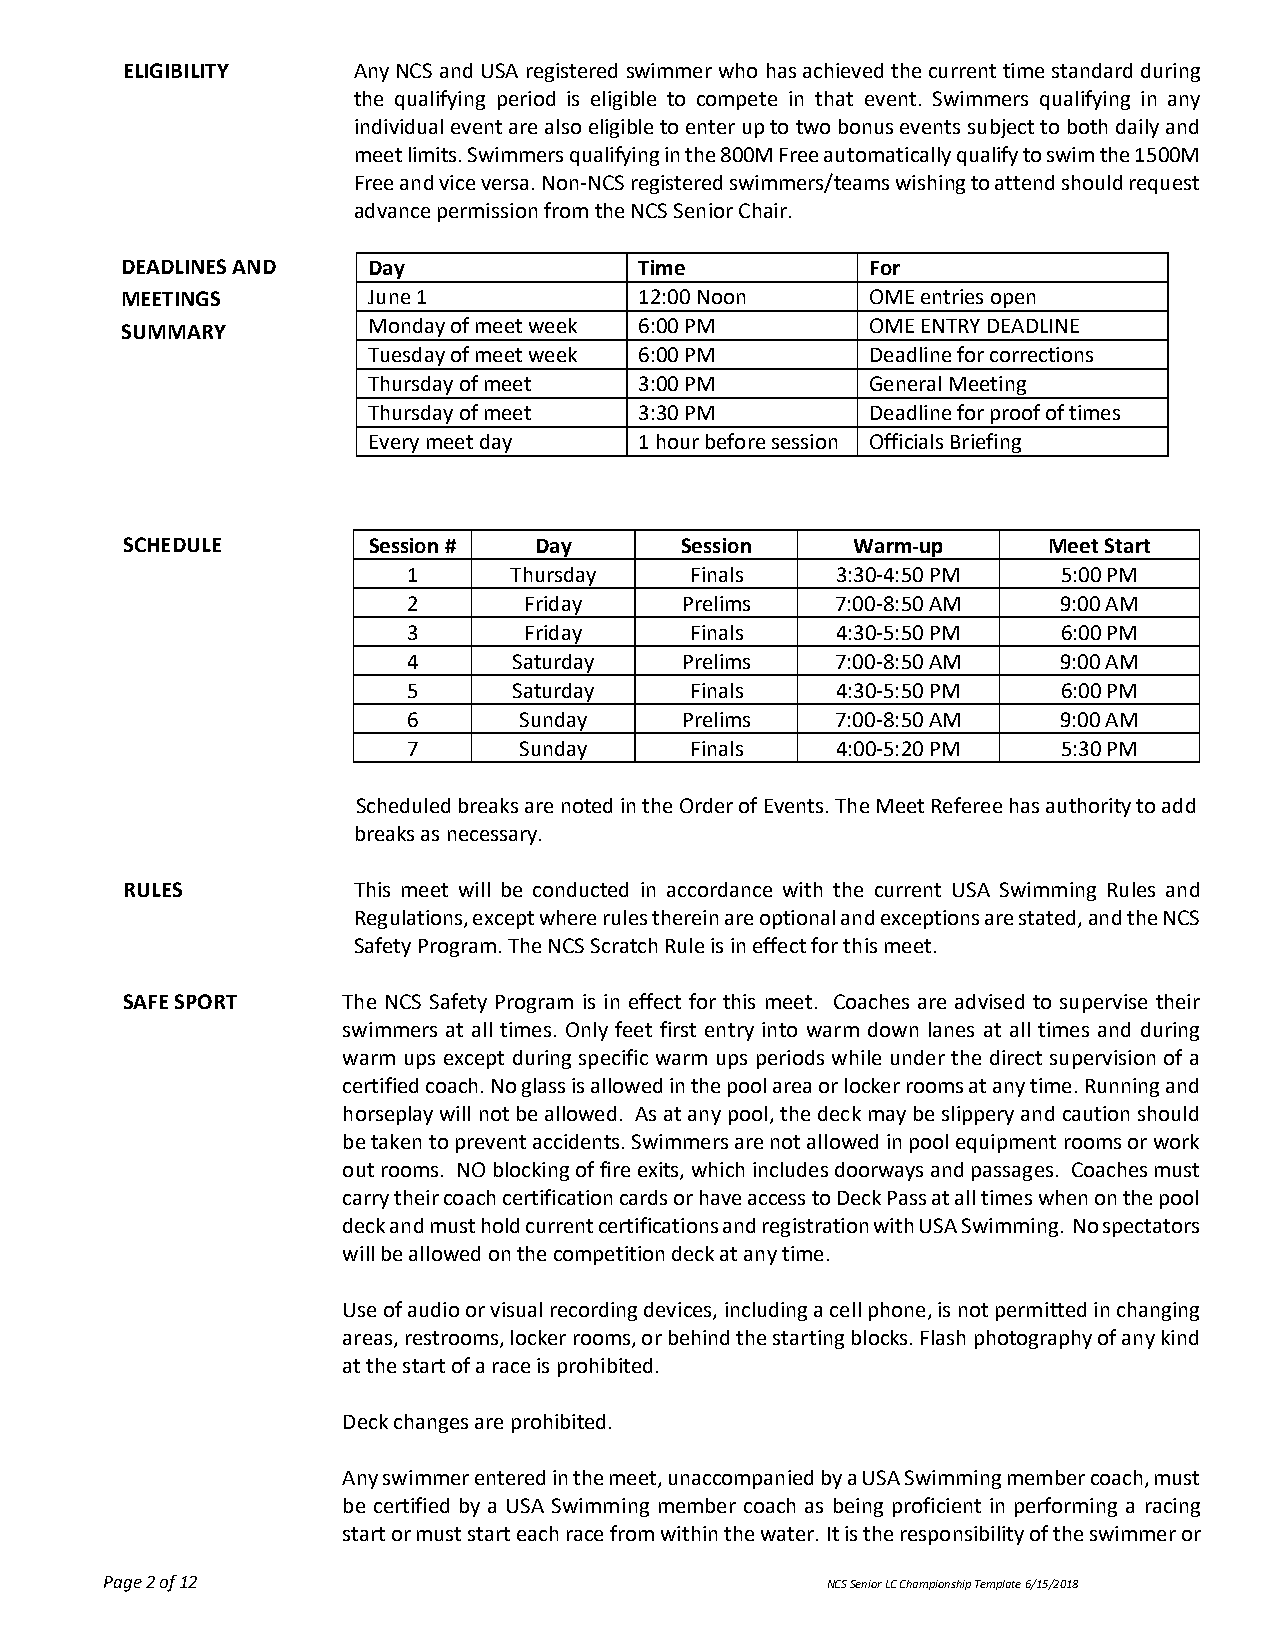
ELIGIBILITY    Any NCS and USA registered swimmer who has achieved the current time standard during
 the qualifying period is eligible to compete in that event. Swimmers qualifying in any
 individual event are also eligible to enter up to two bonus events subject to both daily and
 meet limits. Swimmers qualifying in the 800M Free automatically qualify to swim the 1500M
 Free and vice versa. Non-NCS registered swimmers/teams wishing to attend should request
 advance permission from the NCS Senior Chair.
 DEADLINES AND   Day               Time            For
 MEETINGS        June 1            12:00 Noon      OME entries open
 SUMMARY         Monday of meet week 6:00 PM       OME ENTRY DEADLINE
 Tuesday of meet week 6:00 PM      Deadline for corrections
 Thursday of meet  3:00 PM         General Meeting
 Thursday of meet  3:30 PM         Deadline for proof of times
 Every meet day    1 hour before session Officials Briefing
 SCHEDULE        Session #  Day       Session    Warm-up      Meet Start
 1      Thursday    Finals   3:30-4:50 PM   5:00 PM
 2       Friday    Prelims   7:00-8:50 AM   9:00 AM
 3       Friday     Finals   4:30-5:50 PM   6:00 PM
 4      Saturday   Prelims   7:00-8:50 AM   9:00 AM
 5      Saturday    Finals   4:30-5:50 PM   6:00 PM
 6      Sunday     Prelims   7:00-8:50 AM   9:00 AM
 7      Sunday      Finals   4:00-5:20 PM   5:30 PM
 Scheduled breaks are noted in the Order of Events. The Meet Referee has authority to add
 breaks as necessary.
 RULES          This meet will be conducted in accordance with the current USA Swimming Rules and
 Regulations, except where rules therein are optional and exceptions are stated, and the NCS
 Safety Program. The NCS Scratch Rule is in effect for this meet.
 SAFE SPORT     The NCS Safety Program is in effect for this meet. Coaches are advised to supervise their
 swimmers at all times. Only feet first entry into warm down lanes at all times and during
 warm ups except during specific warm ups periods while under the direct supervision of a
 certified coach. No glass is allowed in the pool area or locker rooms at any time. Running and
 horseplay will not be allowed. As at any pool, the deck may be slippery and caution should
 be taken to prevent accidents. Swimmers are not allowed in pool equipment rooms or work
 out rooms. NO blocking of fire exits, which includes doorways and passages. Coaches must
 carry their coach certification cards or have access to Deck Pass at all times when on the pool
 deck and must hold current certifications and registration with USA Swimming. No spectators
 will be allowed on the competition deck at any time.
 Use of audio or visual recording devices, including a cell phone, is not permitted in changing
 areas, restrooms, locker rooms, or behind the starting blocks. Flash photography of any kind
 at the start of a race is prohibited.
 Deck changes are prohibited.
 Any swimmer entered in the meet, unaccompanied by a USA Swimming member coach, must
 be certified by a USA Swimming member coach as being proficient in performing a racing
 start or must start each race from within the water. It is the responsibility of the swimmer or
 Page 2 of 12                                    NCS Senior LC Championship Template 6/15/2018